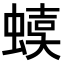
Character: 𧍩